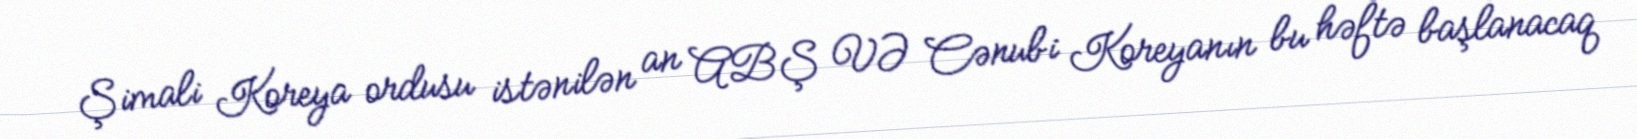
Şimali Koreya ordusu istənilən an ABŞ VƏ Cənubi Koreyanın bu həftə başlanacaq